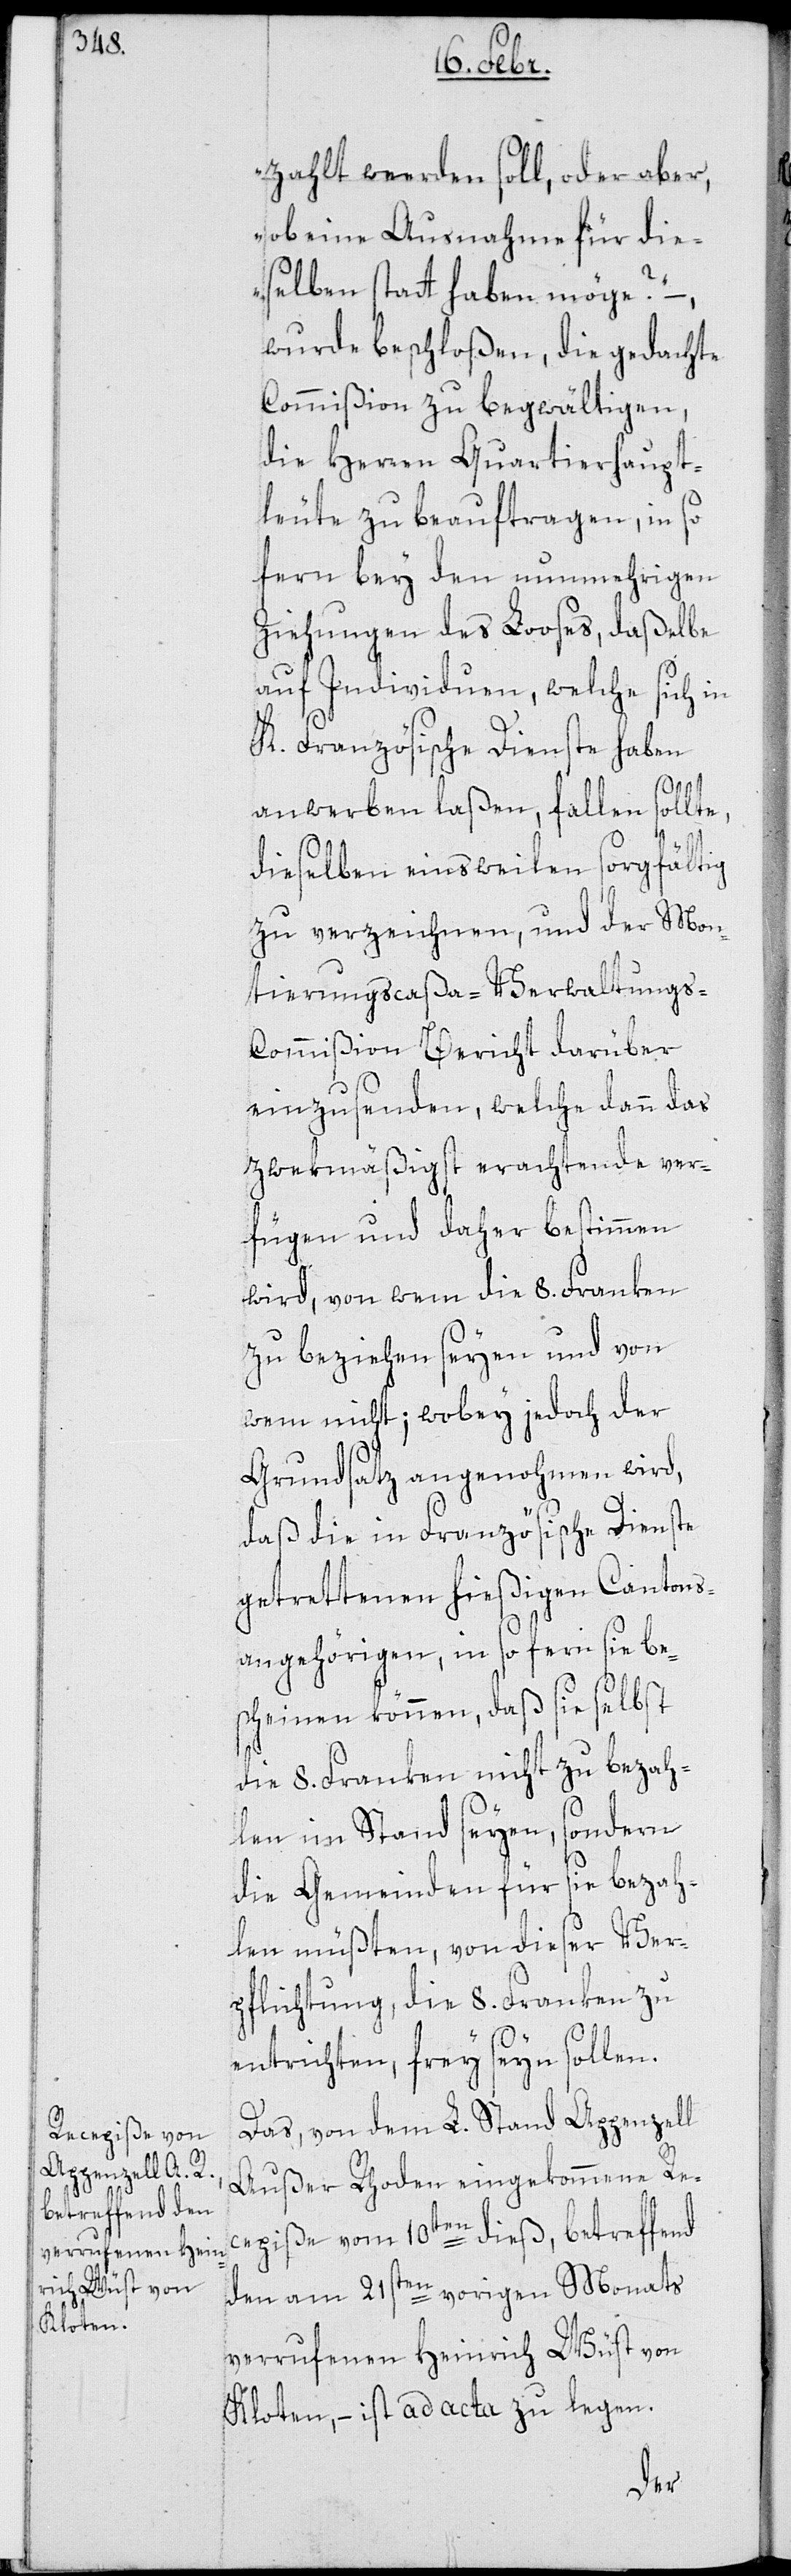
zahlt werden soll, oder aber,
ob eine Ausnahme für die¬
selben statt haben möge?“
wurde beschloßen, die gedachte
Commißion zu begwältigen,
die Herren Quartierhaupt¬
leute zu beauftragen, in so
fern bey den nunmehrigen
Ziehungen des Looses, daßelbe
auf Individuen, welche sich in
K. Französische Dienste haben
anwerben laßen, fallen sollte,
dieselben einstweilen sorgfältig
zu verzeichnen, und der Mon¬
tierungscaßa-Verwaltungs-C¬
ommißion Bericht darüber
einzusenden, welche dann das
zwekmäßigst erachtende ver¬
fügen und daher bestimmen
wird, von wem die 8. Franken
zu beziehen seyen und von
wem nicht; wobey jedoch der
Grundsatz angenohmen wird,
daß die in Französische Dienste
getrettenen hießigen Cantons¬
angehörigen, in so fern sie be¬
scheinen können, daß sie selbst
die 8. Franken nicht zu bezah¬
len im Stand seyen, sondern
die Gemeinden für sie bezah¬
len müßten, von dieser Ver¬
pflichtung, die 8. Franken zu
entrichten, frey seyn sollen.
Das, von dem L. Stand Appenzell
Außer Rhoden eingekommene Re¬
cepiße vom 10ten dieß, betreffend
den am 21sten vorigen Monats
verrufenen Heinrich Wüst von
Kloten, – ist ad acta zu legen.